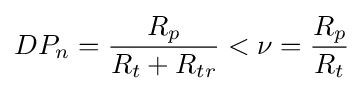
DP_{n}={\frac {R_{p}}{R_{t}+R_{tr}}}<\nu ={\frac {R_{p}}{R_{t}}}